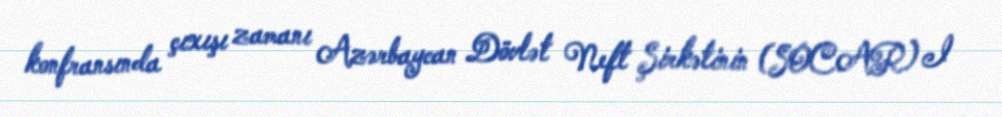
konfransında çıxışı zamanı Azərbaycan Dövlət Neft Şirkətinin (SOCAR) I